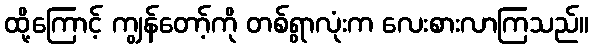
ထို့ကြောင့် ကျွန်တော့်ကို တစ်ရွာလုံးက လေးစားလာကြသည်။